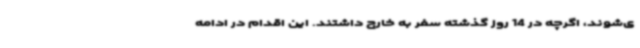
ی‌شوند، اگرچه در 14 روز گذشته سفر به خارج داشتند. این اقدام در ادامه